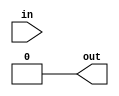
module f3_test_1(in, out);
input wire in;
output  out;
assign out = (in+in);
assign out = 74;
endmodule